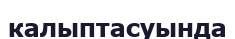
калыптасуында